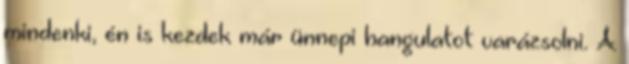
mindenki, én is kezdek már ünnepi hangulatot varázsolni. A